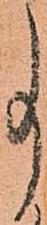
事